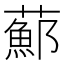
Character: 𦿇